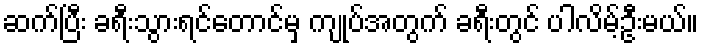
ဆက်ပြီး ခရီးသွားရင်တောင်မှ ကျုပ်အတွက် ခရီးတွင် ပါလိမ့်ဦးမယ်။